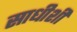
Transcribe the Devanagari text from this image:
साधीशी